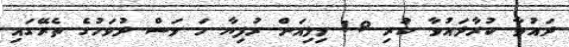
ދައުވާ ކުރާދައުވާ ކުރި 1.9 މިލިއަން ރުފިޔާ ހަ މަސް ދުވަހުގެ ތެރޭގައި